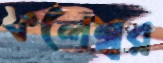
ফলেশ্বর